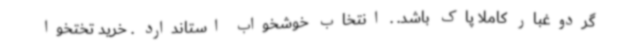
گردوغبار کاملا پاک باشد. . انتخاب خوشخواب استاندارد . خرید تختخوا